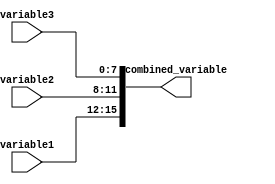
module concatenation_example(
    input [3:0] variable1, // 4-bit input variable
    input [3:0] variable2, // 4-bit input variable
    input [7:0] variable3, // 8-bit input variable
    output [15:0] combined_variable // 16-bit output variable
);

assign combined_variable = {variable1, variable2, variable3};

endmodule